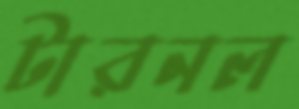
টারনল